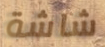
شاشة